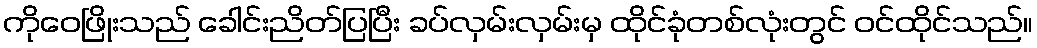
ကိုဝေဖြိုးသည် ခေါင်းညိတ်ပြပြီး ခပ်လှမ်းလှမ်းမှ ထိုင်ခုံတစ်လုံးတွင် ဝင်ထိုင်သည်။